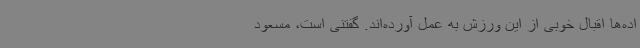
اده‌ها اقبال خوبی از این ورزش به عمل آورده‌اند. گفتنی است، مسعود